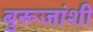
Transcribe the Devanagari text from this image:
बुरूजांशी